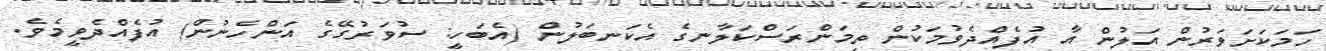
ހަމަކަށަވަރުން އަލުން އާ އުފެއްދެވުމަކުން ތިމަންރަސްކަލާނގެ އެކަނބަލުން (އެބަހީ: ސުވަރުގޭގެ އަންހެނުން) އުފެއްދެވީމެވެ.